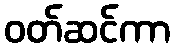
ဝတ်ဆင်ကာ